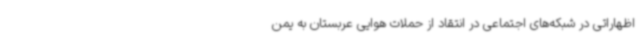
اظهاراتی در شبکه‌های اجتماعی در انتقاد از حملات هوایی عربستان به یمن